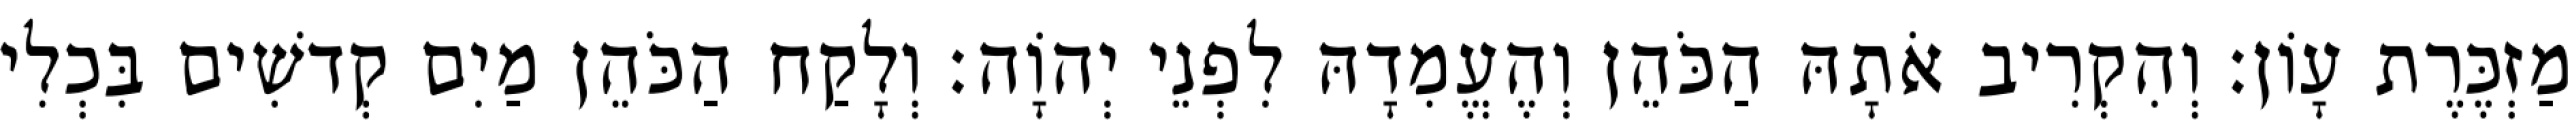
מַזְכֶּרֶת עָוֹן׃ וְהִקְרִיב אֹתָהּ הַכֹּהֵן וְהֶעֱמִדָהּ לִפְנֵי יְהוָֹה׃ וְלָקַח הַכֹּהֵן מַיִם קְדשִׁים בִּכְלִי